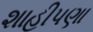
શાહીપણા